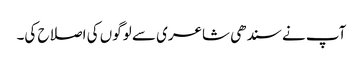
آپ نے سندھی شاعری سے لوگوں کی اصلاح کی۔